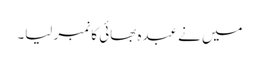
میں نے عبدہ بھائی کا نمبر لیا۔